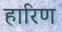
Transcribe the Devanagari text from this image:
हारिण